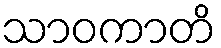
သာဝကာတိ